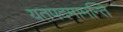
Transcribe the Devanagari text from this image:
यतपदमामन्ति